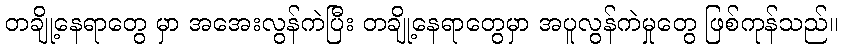
တချို့နေရာတွေ မှာ အအေးလွန်ကဲပြီး တချို့နေရာတွေမှာ အပူလွန်ကဲမှုတွေ ဖြစ်ကုန်သည်။